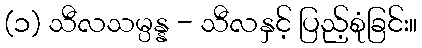
(၁) သီလသမ္ပန္န - သီလနှင့် ပြည့်စုံခြင်း။